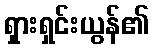
ရှားရှင်းယွန်၏